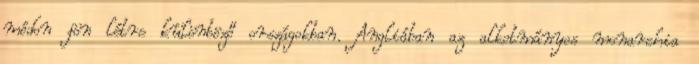
módon jön létre különböző országokban. Angliában az alkotmányos monarchia